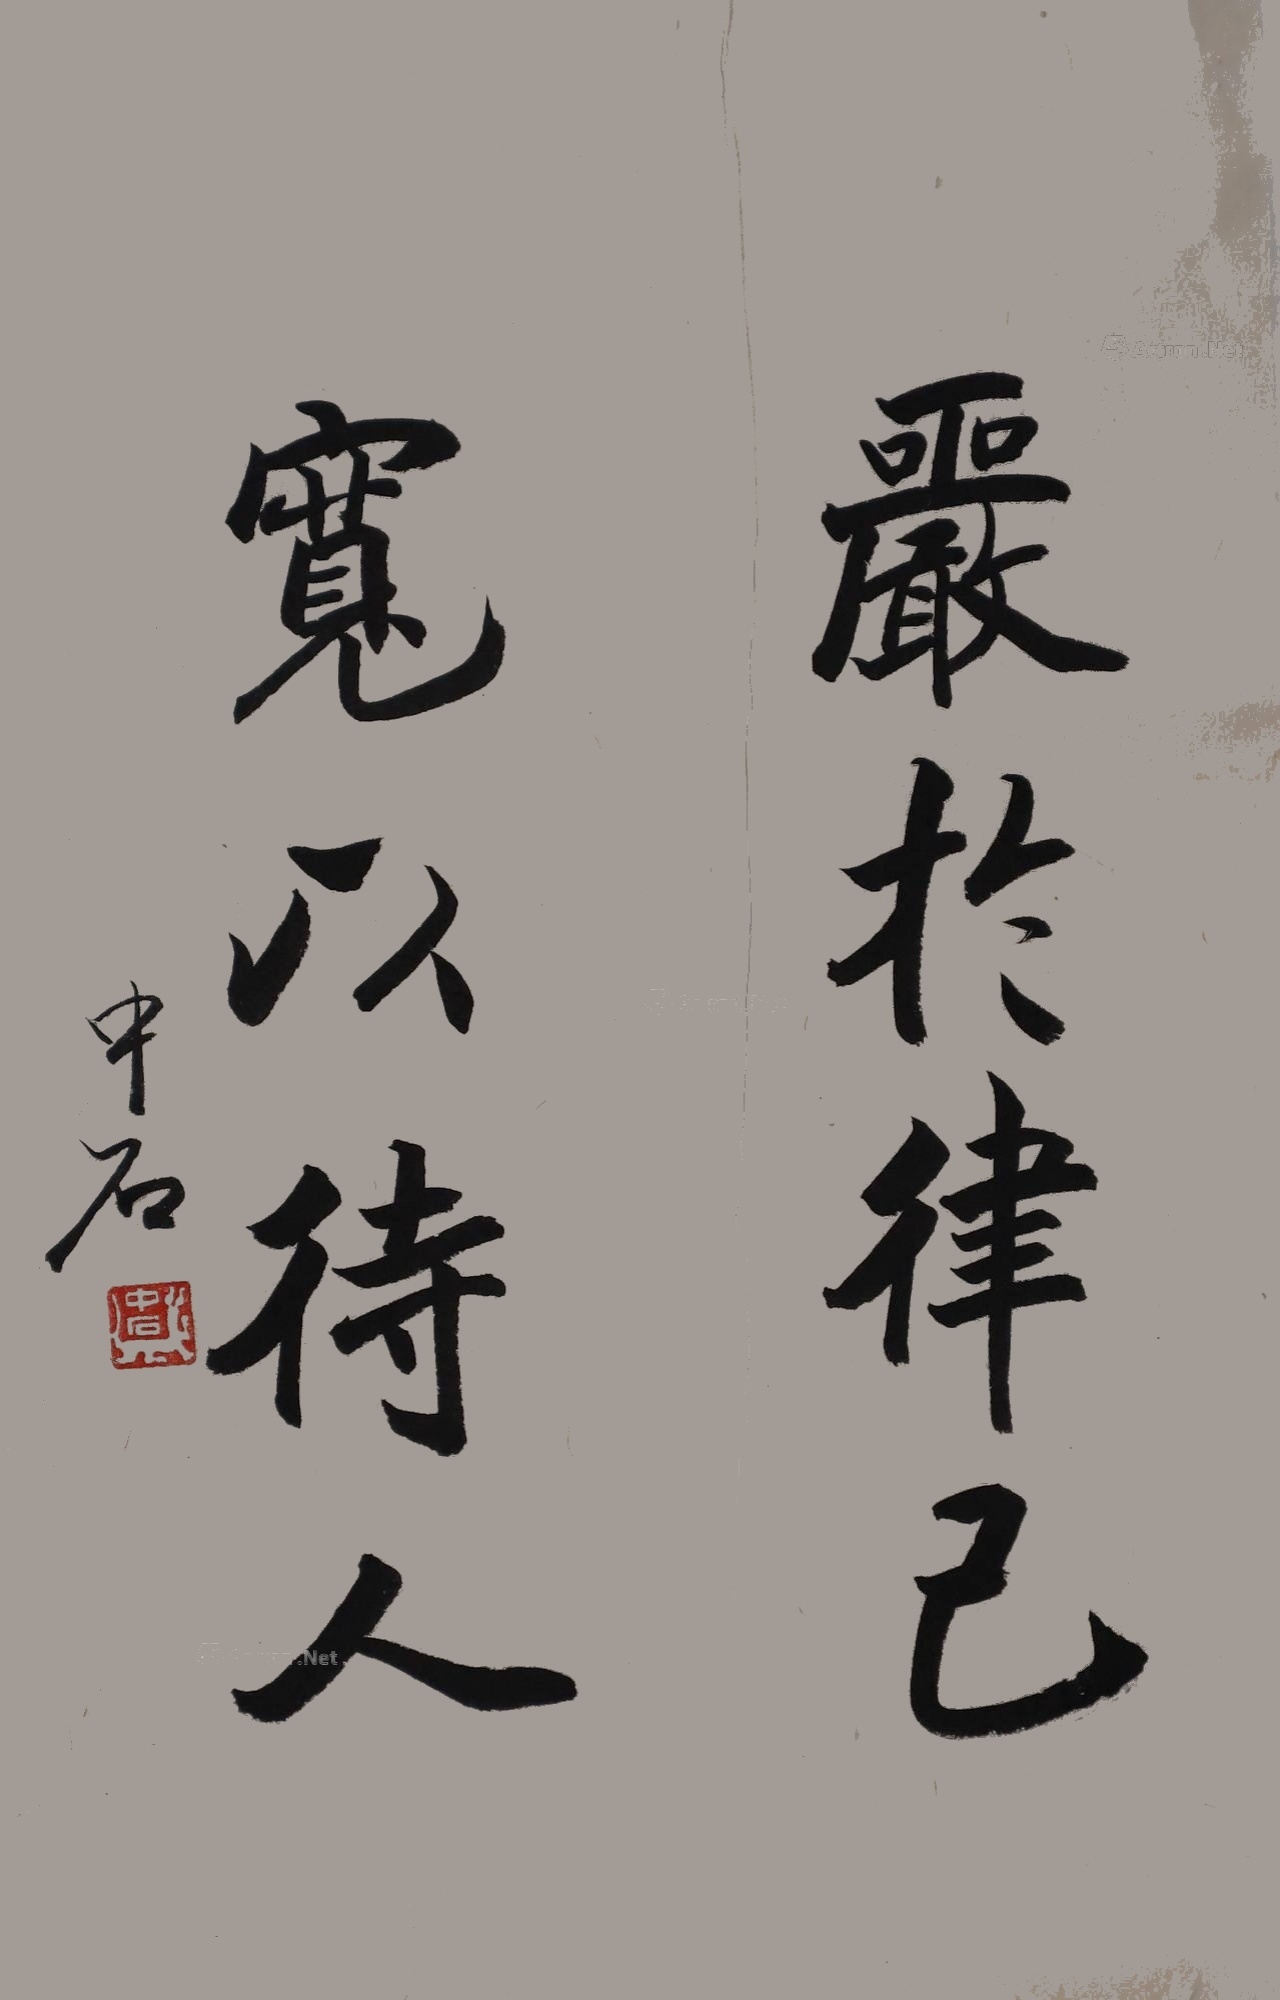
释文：严格律己宽以待人中石